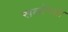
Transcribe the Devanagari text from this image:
सलोगड़ा